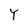
Character: Y